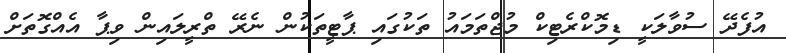
އުފެދޭ ސުވާލަކީ ޑިމޮކްރެޓިކް މުޖްތަމައު ތަކުގައި ޕާޓީތަކުން ނެރޭ ތްރީލައިން ވިޕާ އެއްގޮތަށް